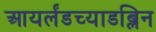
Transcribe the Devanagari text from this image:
आयर्लंडच्याडब्लिन